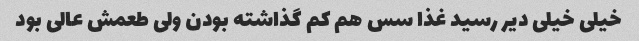
خیلی خیلی دیر رسید غذا سس هم کم گذاشته بودن ولی طعمش عالی بود